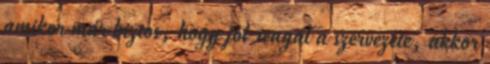
amikor már biztos, hogy jól reagál a szervezete, akkor